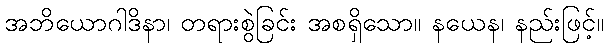
အဘိယောဂါဒိနာ၊ တရားစွဲခြင်း အစရှိသော။ နယေန၊ နည်းဖြင့်။